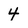
Character: 4